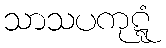
သာသပကုဋ္ဋံ